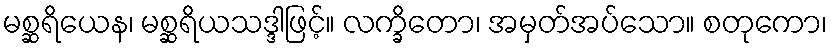
မစ္ဆရိယေန၊ မစ္ဆရိယသဒ္ဒါဖြင့်။ လက္ခိတော၊ အမှတ်အပ်သော။ စတုကော၊